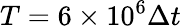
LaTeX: T=6\times 10^{6}\Delta t